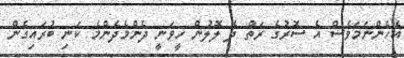
އެހެންނަމަވެސް އެ ސޮރުގެ ރަތް ދެ ލޮލުން ހީވަނީ ދެންމެދެންމެ ކަނި ބުރައިގެން